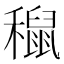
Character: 𥣅